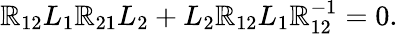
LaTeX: \mathbb{R}_{12}L_{1}\mathbb{R}_{21}L_{2}+L_{2}\mathbb{R}_{12}L_{1}\mathbb{R}_{12}^{-1}=0.